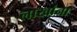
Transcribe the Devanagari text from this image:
लाखांना